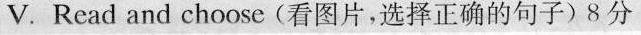
V. Read and choose (看图片,选择正确的句子)8 分